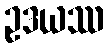
ဥဒယဿ